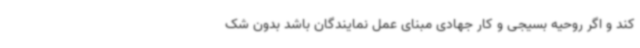
کند و اگر روحیه بسیجی و کار جهادی مبنای عمل نمایندگان باشد بدون شک